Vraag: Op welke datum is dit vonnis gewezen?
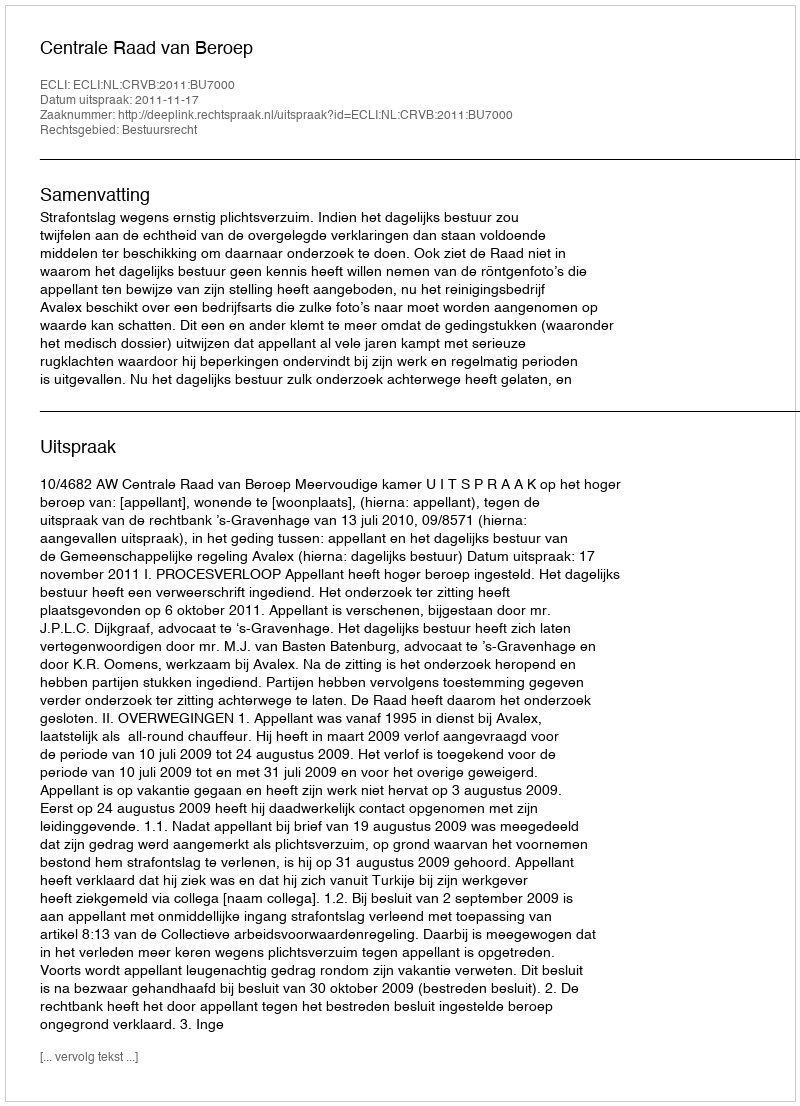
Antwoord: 2011-11-17